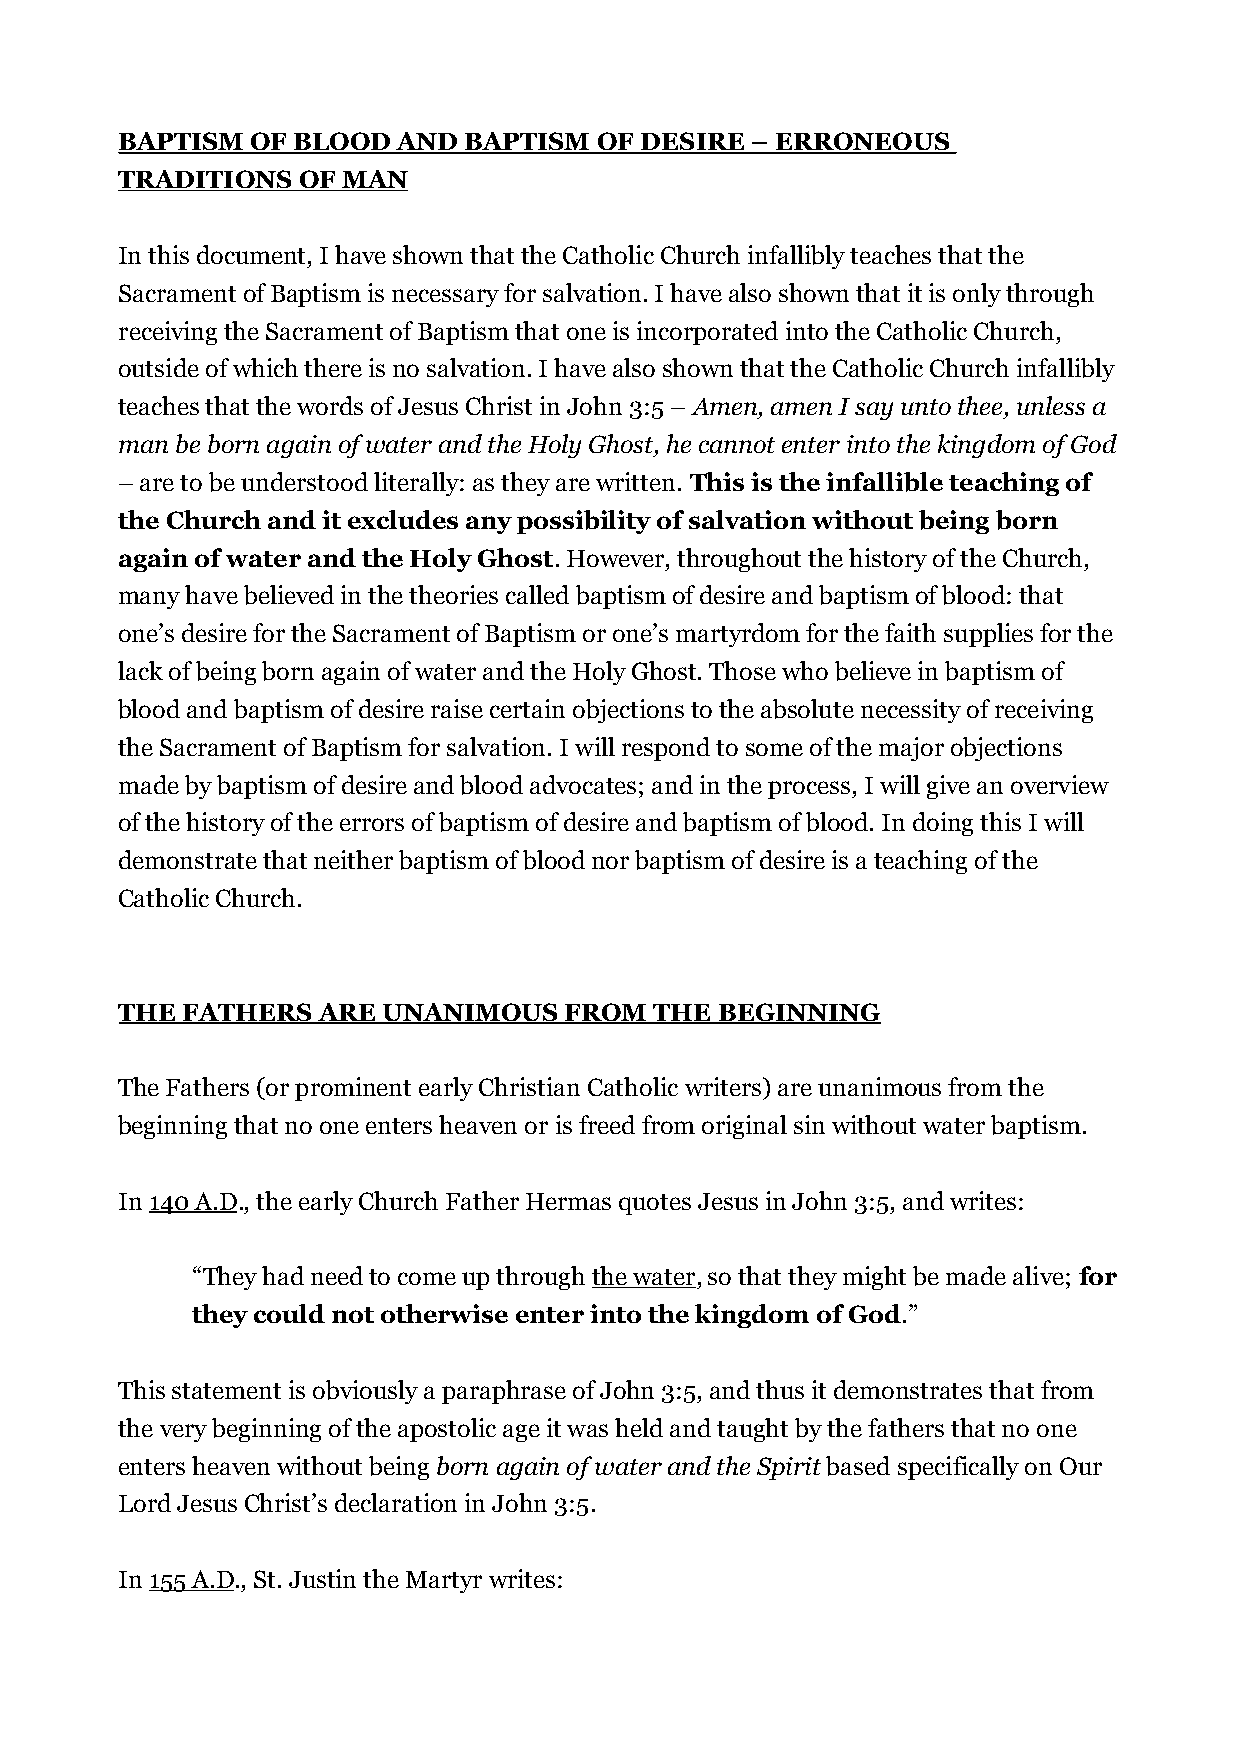
BAPTISM  OF BLOOD AND  BAPTISM  OF DESIRE – ERRONEOUS
 TRADITIONS  OF MAN
 In this document, I have shown that the Catholic Church infallibly teaches that the
 Sacrament of Baptism is necessary for salvation. I have also shown that it is only through
 receiving the Sacrament of Baptism that one is incorporated into the Catholic Church,
 outside of which there is no salvation. I have also shown that the Catholic Church infallibly
 teaches that the words of Jesus Christ in John 3:5 – Amen, amen I say unto thee, unless a
 man be born again of water and the Holy Ghost, he cannot enter into the kingdom of God
 – are to be understood literally: as they are written. This is the infallible teaching of
 the Church and it excludes any possibility of salvation without being born
 again of water and the Holy Ghost. However, throughout the history of the Church,
 many have believed in the theories called baptism of desire and baptism of blood: that
 one’s desire for the Sacrament of Baptism or one’s martyrdom for the faith supplies for the
 lack of being born again of water and the Holy Ghost. Those who believe in baptism of
 blood and baptism of desire raise certain objections to the absolute necessity of receiving
 the Sacrament of Baptism for salvation. I will respond to some of the major objections
 made by baptism of desire and blood advocates; and in the process, I will give an overview
 of the history of the errors of baptism of desire and baptism of blood. In doing this I will
 demonstrate that neither baptism of blood nor baptism of desire is a teaching of the
 Catholic Church.
 THE FATHERS  ARE UNANIMOUS   FROM  THE  BEGINNING
 The Fathers (or prominent early Christian Catholic writers) are unanimous from the
 beginning that no one enters heaven or is freed from original sin without water baptism.
 In 140 A.D., the early Church Father Hermas quotes Jesus in John 3:5, and writes:
 “They had need to come up through the water, so that they might be made alive; for
 they could not otherwise enter into the kingdom of God.”
 This statement is obviously a paraphrase of John 3:5, and thus it demonstrates that from
 the very beginning of the apostolic age it was held and taught by the fathers that no one
 enters heaven without being born again of water and the Spirit based specifically on Our
 Lord Jesus Christ’s declaration in John 3:5.
 In 155 A.D., St. Justin the Martyr writes: